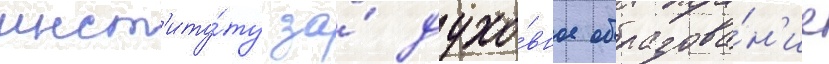
инст'иту́ту за́ духо́вное образова́н'ие